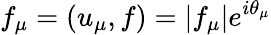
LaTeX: f_{\mu}=(u_{\mu},f)=|f_{\mu}|e^{i\theta_{\mu}}